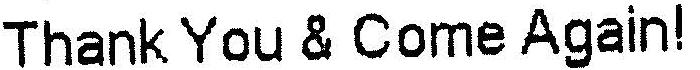
THANK YOU & COME AGAIN!